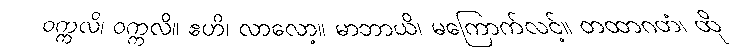
ဝက္ကလိ၊ ဝက္ကလိ။ ဧဟိ၊ လာလော့။ မာဘာယိ၊ မကြောက်လင့်။ တထာဂတံ၊ ထို